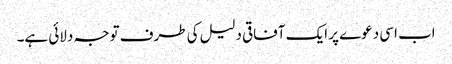
اب اسی دعوے پر ایک آفاقی دلیل کی طرف توجہ دلائی ہے۔